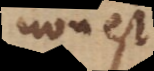
non est,